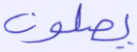
يصلون